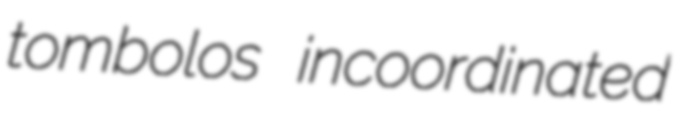
tombolos incoordinated